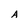
Character: A